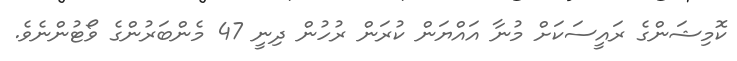
ކޮމިޝަންގެ ރައީސަކަށް މުނާ އައްޔަން ކުރަން ރުހުން ދިނީ 47 މެންބަރުންގެ ވޯޓުންނެވެ.